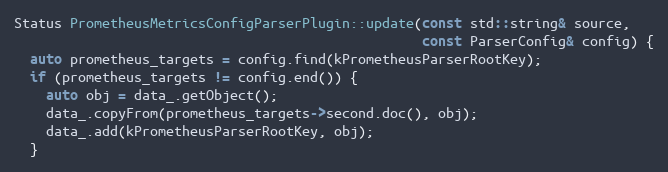
Language: C++
Status PrometheusMetricsConfigParserPlugin::update(const std::string& source,
                                                   const ParserConfig& config) {
  auto prometheus_targets = config.find(kPrometheusParserRootKey);
  if (prometheus_targets != config.end()) {
    auto obj = data_.getObject();
    data_.copyFrom(prometheus_targets->second.doc(), obj);
    data_.add(kPrometheusParserRootKey, obj);
  }